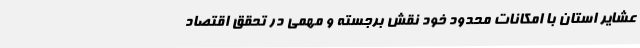
عشایر استان با امکانات محدود خود نقش برجسته و مهمی در تحقق اقتصاد